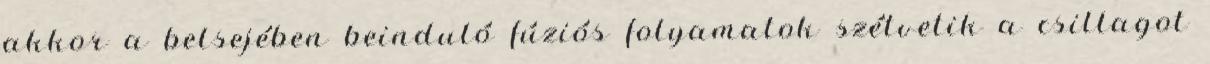
akkor a belsejében beinduló fúziós folyamatok szétvetik a csillagot